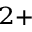
^ { 2 + }